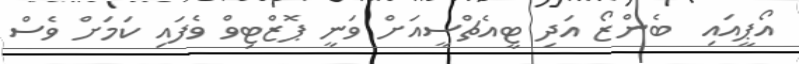
އޯޕީއައި  ބެންޒޯ އަދި ޓީއެޗްސީއަށް ވަނީ ޕޮޒްޓިވް ވެފައި ކަމަށް ވެސް